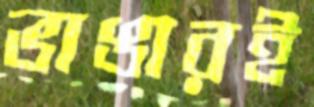
ভাঙারই